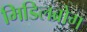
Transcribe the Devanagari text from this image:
मिडिलब्रोग